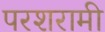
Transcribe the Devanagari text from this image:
परशरामी